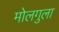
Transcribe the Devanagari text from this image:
मोलगुला